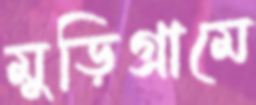
মুড়িগ্রামে